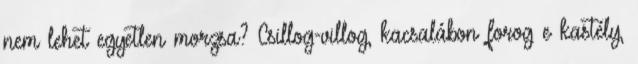
nem lehet egyetlen morzsa? Csillog-villog, kacsalábon forog e kastély,